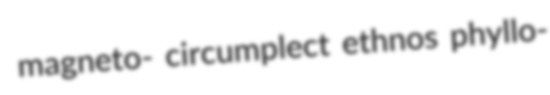
magneto- circumplect ethnos phyllo-